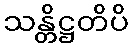
သန္တိဋ္ဌတိပိ